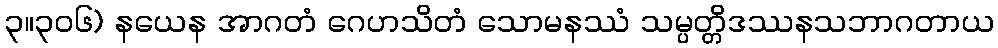
၃။၃၀၆) နယေန အာဂတံ ဂေဟသိတံ သောမနဿံ သမ္ပတ္တိဒဿနသဘာဂတာယ